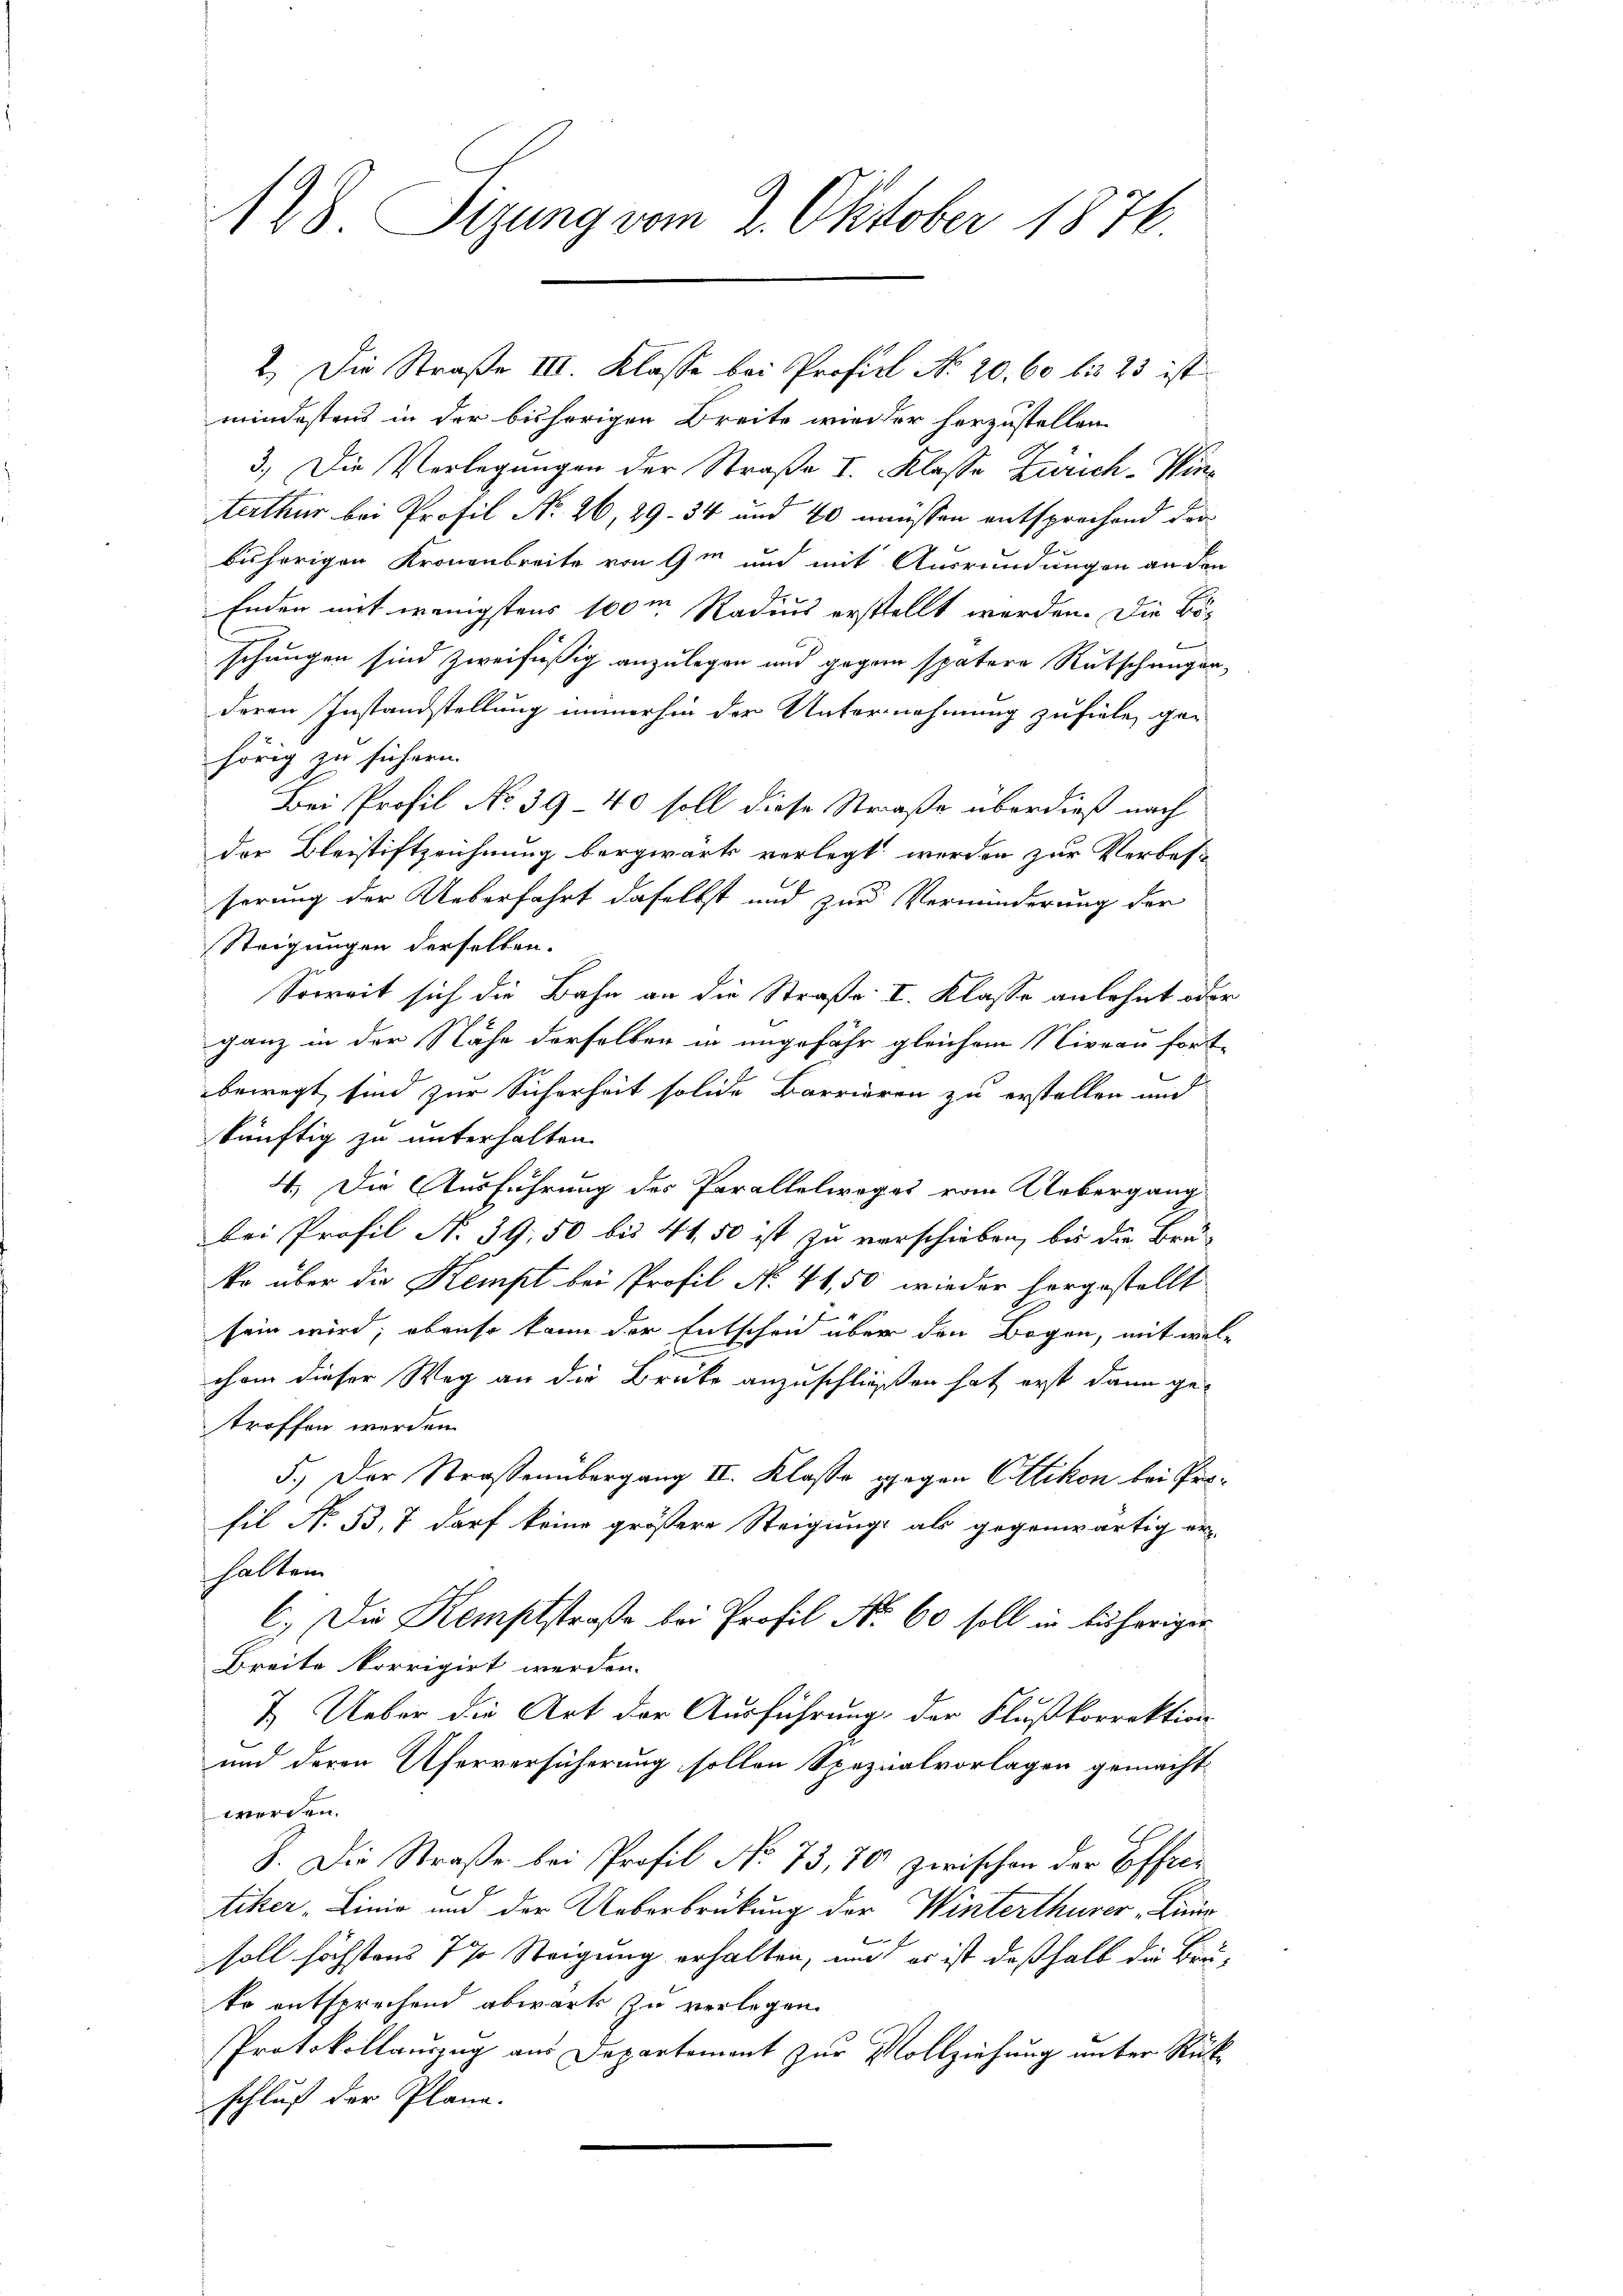
128. Sizung vom 2. Oktober 1876

mindestens in der bisherigen Breite wieder herzustellen
3.) Die Vorlegungen der Straße I. Klasse Zürich-Win¬
Aterthur bei Profil No 26, 29. 34 und 40 müssen entsprechend dar
bisherigen Kronenbreite von Gm und mit Ausründungen an den
Enden mit wenigstens 100m Radius erstellt werden. Die Böschungen sind zweifüßig anzulegen und gegen spätere Rutschungen,
deren Instandstellung immerhin der Unternehmung zufiele, ge-
hörig zu sichern.
Bei Profil No 39 40 soll diese Straße überdieß nach
der Bleistiftzeichnung bergwärk verlegt werden zur Verbess
serung der Ueberfahrt daselbst und zur Verminderung der
Steigungen derselben.
Soweit sich die Bahn an die Straße I. Klasse anlehnt oder
ganz in der Nähe derselben in ungefähr gleichem Niveau fort-
bewegt sind zur Sicherheit solide Barrieren zu erstellen und
künftig zu unterhalten.
4. Die Ausführung des Parallelweges vom Uebergang
bei Profil N. 39, 50 bis 41, 50 ist zu verschieben, bis die Bru-
ke über die Kempt bei Profil No 41,50 wieder horgestellt
.
sein wird; obenso kann der Entscheid über den Bogen, mit welchem dieser Weg an die Brücke anzuschließen hat erst dann ge-
troffen werden.
5.) Der Straßenübergang II. Klasse gegen Ottikon bei Profil No 33, 7 darf keine größere Steigungs als gegenwärtig er-
halten
C.) Die Kemptstraße bei Profil No 60 soll in bisheriger
Breite korrigirt werden.
7. Ueber die Art der Ausführung, der Flußkorrektion
und deren Uferversicherung sollen Spezialvorlagen gemacht
werden.
J. Die Straße bei Profil No 73, 70 zwischen der Offier
tiker, Linie und der Ueberbrückung der Winterthurer Linie
soll höchstens 7 % Steigung erhalten, und es ist deßhalb die Brute entsprechend abwärts zu verlegen.
Protokollauszug aus Departement zur Vollziehung unter Rückschluß der Pläne.

2.) Die Straße III. Klasse bei Profisl No 20. 60 bis 23 ist